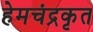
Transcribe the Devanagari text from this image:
हेमचंद्रकृत